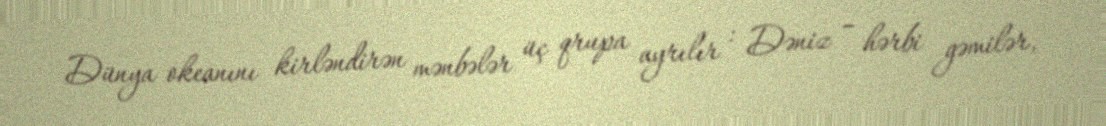
Dünya okeanını kirləndirən mənbələr üç qrupa ayrılır : Dəniz – hərbi gəmilər,